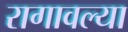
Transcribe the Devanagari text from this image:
रागावल्या